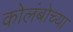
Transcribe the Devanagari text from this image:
कोलंबोच्या